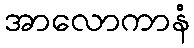
အာလောကာနံ